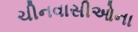
ચીનવાસીઓના